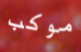
موكب